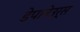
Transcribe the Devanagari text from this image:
डेपानेउर्स